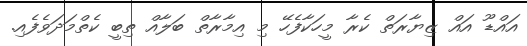
އައްޑޫ އައް ޒިޔާރަތް ކެރާ މީހަކާފެހޭ މި އިމާރާތް ބަލާއް ތިބީ ކެތްމަދަވެފެއި.